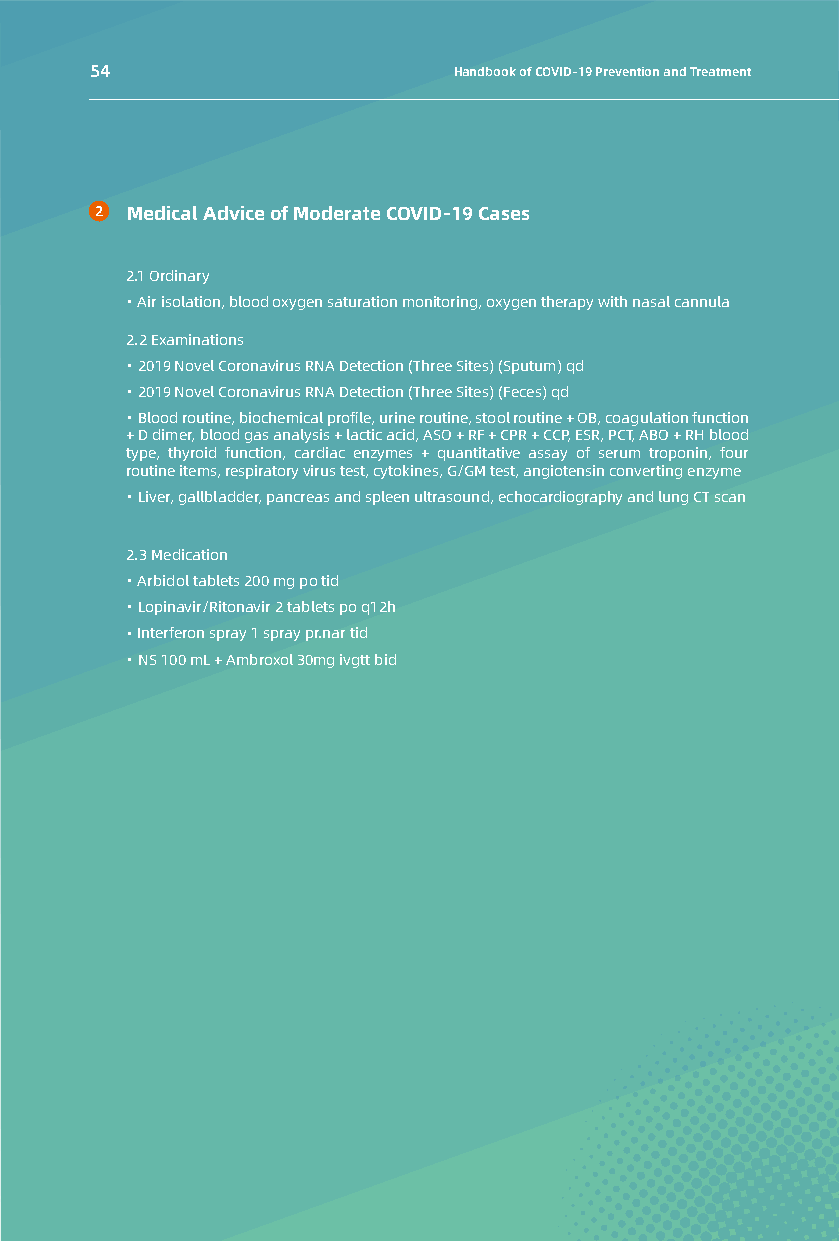
54                      Handbook of COVID-19 Prevention and Treatment
 Medical Advice of Moderate COVID-19 Cases
 2.1 Ordinary
 · Air isolation, blood oxygen saturation monitoring, oxygen therapy with nasal cannula
 2.2 Examinations
 · 2019 Novel Coronavirus RNA Detection (Three Sites) (Sputum) qd
 · 2019 Novel Coronavirus RNA Detection (Three Sites) (Feces) qd
 · Blood routine, biochemical profile, urine routine, stool routine + OB, coagulation function
 + D dimer, blood gas analysis + lactic acid, ASO + RF + CPR + CCP, ESR, PCT, ABO + RH blood
 type, thyroid function, cardiac enzymes + quantitative assay of serum troponin, four
 routine items, respiratory virus test, cytokines, G/GM test, angiotensin converting enzyme
 · Liver, gallbladder, pancreas and spleen ultrasound, echocardiography and lung CT scan
 2.3 Medication
 · Arbidol tablets 200 mg po tid
 · Lopinavir/Ritonavir 2 tablets po q12h
 · Interferon spray 1 spray pr.nar tid
 · NS 100 mL + Ambroxol 30mg ivgtt bid